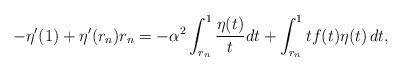
LaTeX: \begin{align*}-\eta'(1)+\eta'(r_n)r_n=-\alpha^2\int_{r_n}^1\frac{\eta(t)}{t}dt+\int_{r_n}^1 t f(t)\eta(t)\,dt,\end{align*}